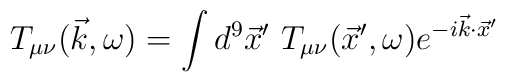
T_{\mu \nu} (\vec{k},\omega) = \int d^9 \vec{x}'~ T_{\mu \nu} ( \vec{x}',\omega) e^{-i\vec{k}\cdot \vec{x}'}